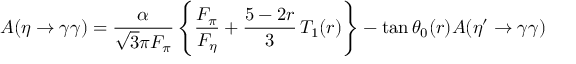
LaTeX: A ( \eta \to \gamma \gamma ) = { \frac { \alpha } { \sqrt 3 \pi { F _ { \pi } } } } \left\{ { \frac { F _ { \pi } } { F _ { \eta } } } + { \frac { 5 - 2 r } { 3 } } \, T _ { 1 } ( r ) \right\} - \tan \theta _ { 0 } ( r ) A ( { \eta ^ { \prime } } \to \gamma \gamma )